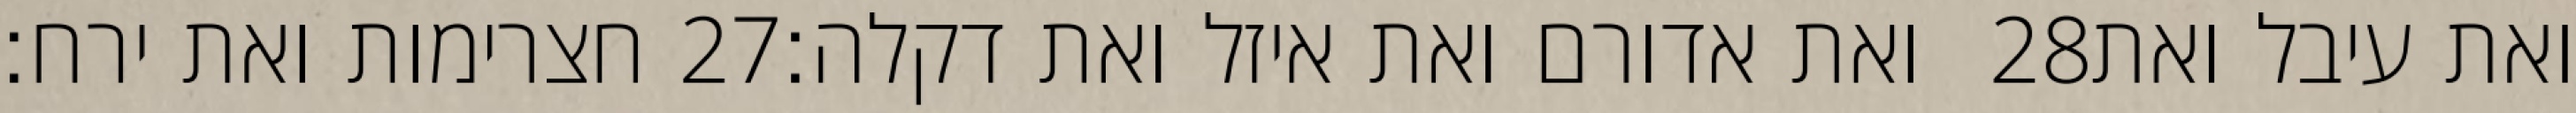
חצרימות ואת ירח׃ ‎27‏ ואת אדורם ואת איזל ואת דקלה׃ ‎28‏ ואת עיבל ואת